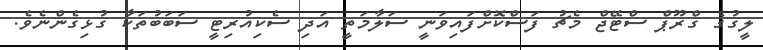
ލީގުގެ ގްރޫޕް ސްޓޭޖް މެޗު ފަސްކޮށްފައިވަނީ ސަލާމަތީ އަދި ސެކިއުރިޓީ ސަބަބުތަކާ ގުޅިގެންނެވެ.